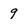
Character: 9